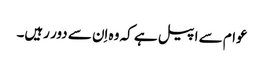
عوام سے اپیل ہے کہ وہ اِن سے دور رہیں۔